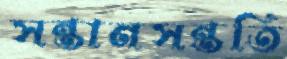
সন্তানসন্ততি